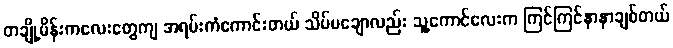
တချို့မိန်းကလေးတွေကျ အရမ်းကံကောင်းတယ် သိပ်မချောလည်း သူ့ကောင်လေးက ကြင်ကြင်နာနာချစ်တယ်